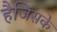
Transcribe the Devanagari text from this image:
हैजिसके